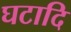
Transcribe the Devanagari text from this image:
घटादि